Leningradi_Edasi_toimetus, lk 66
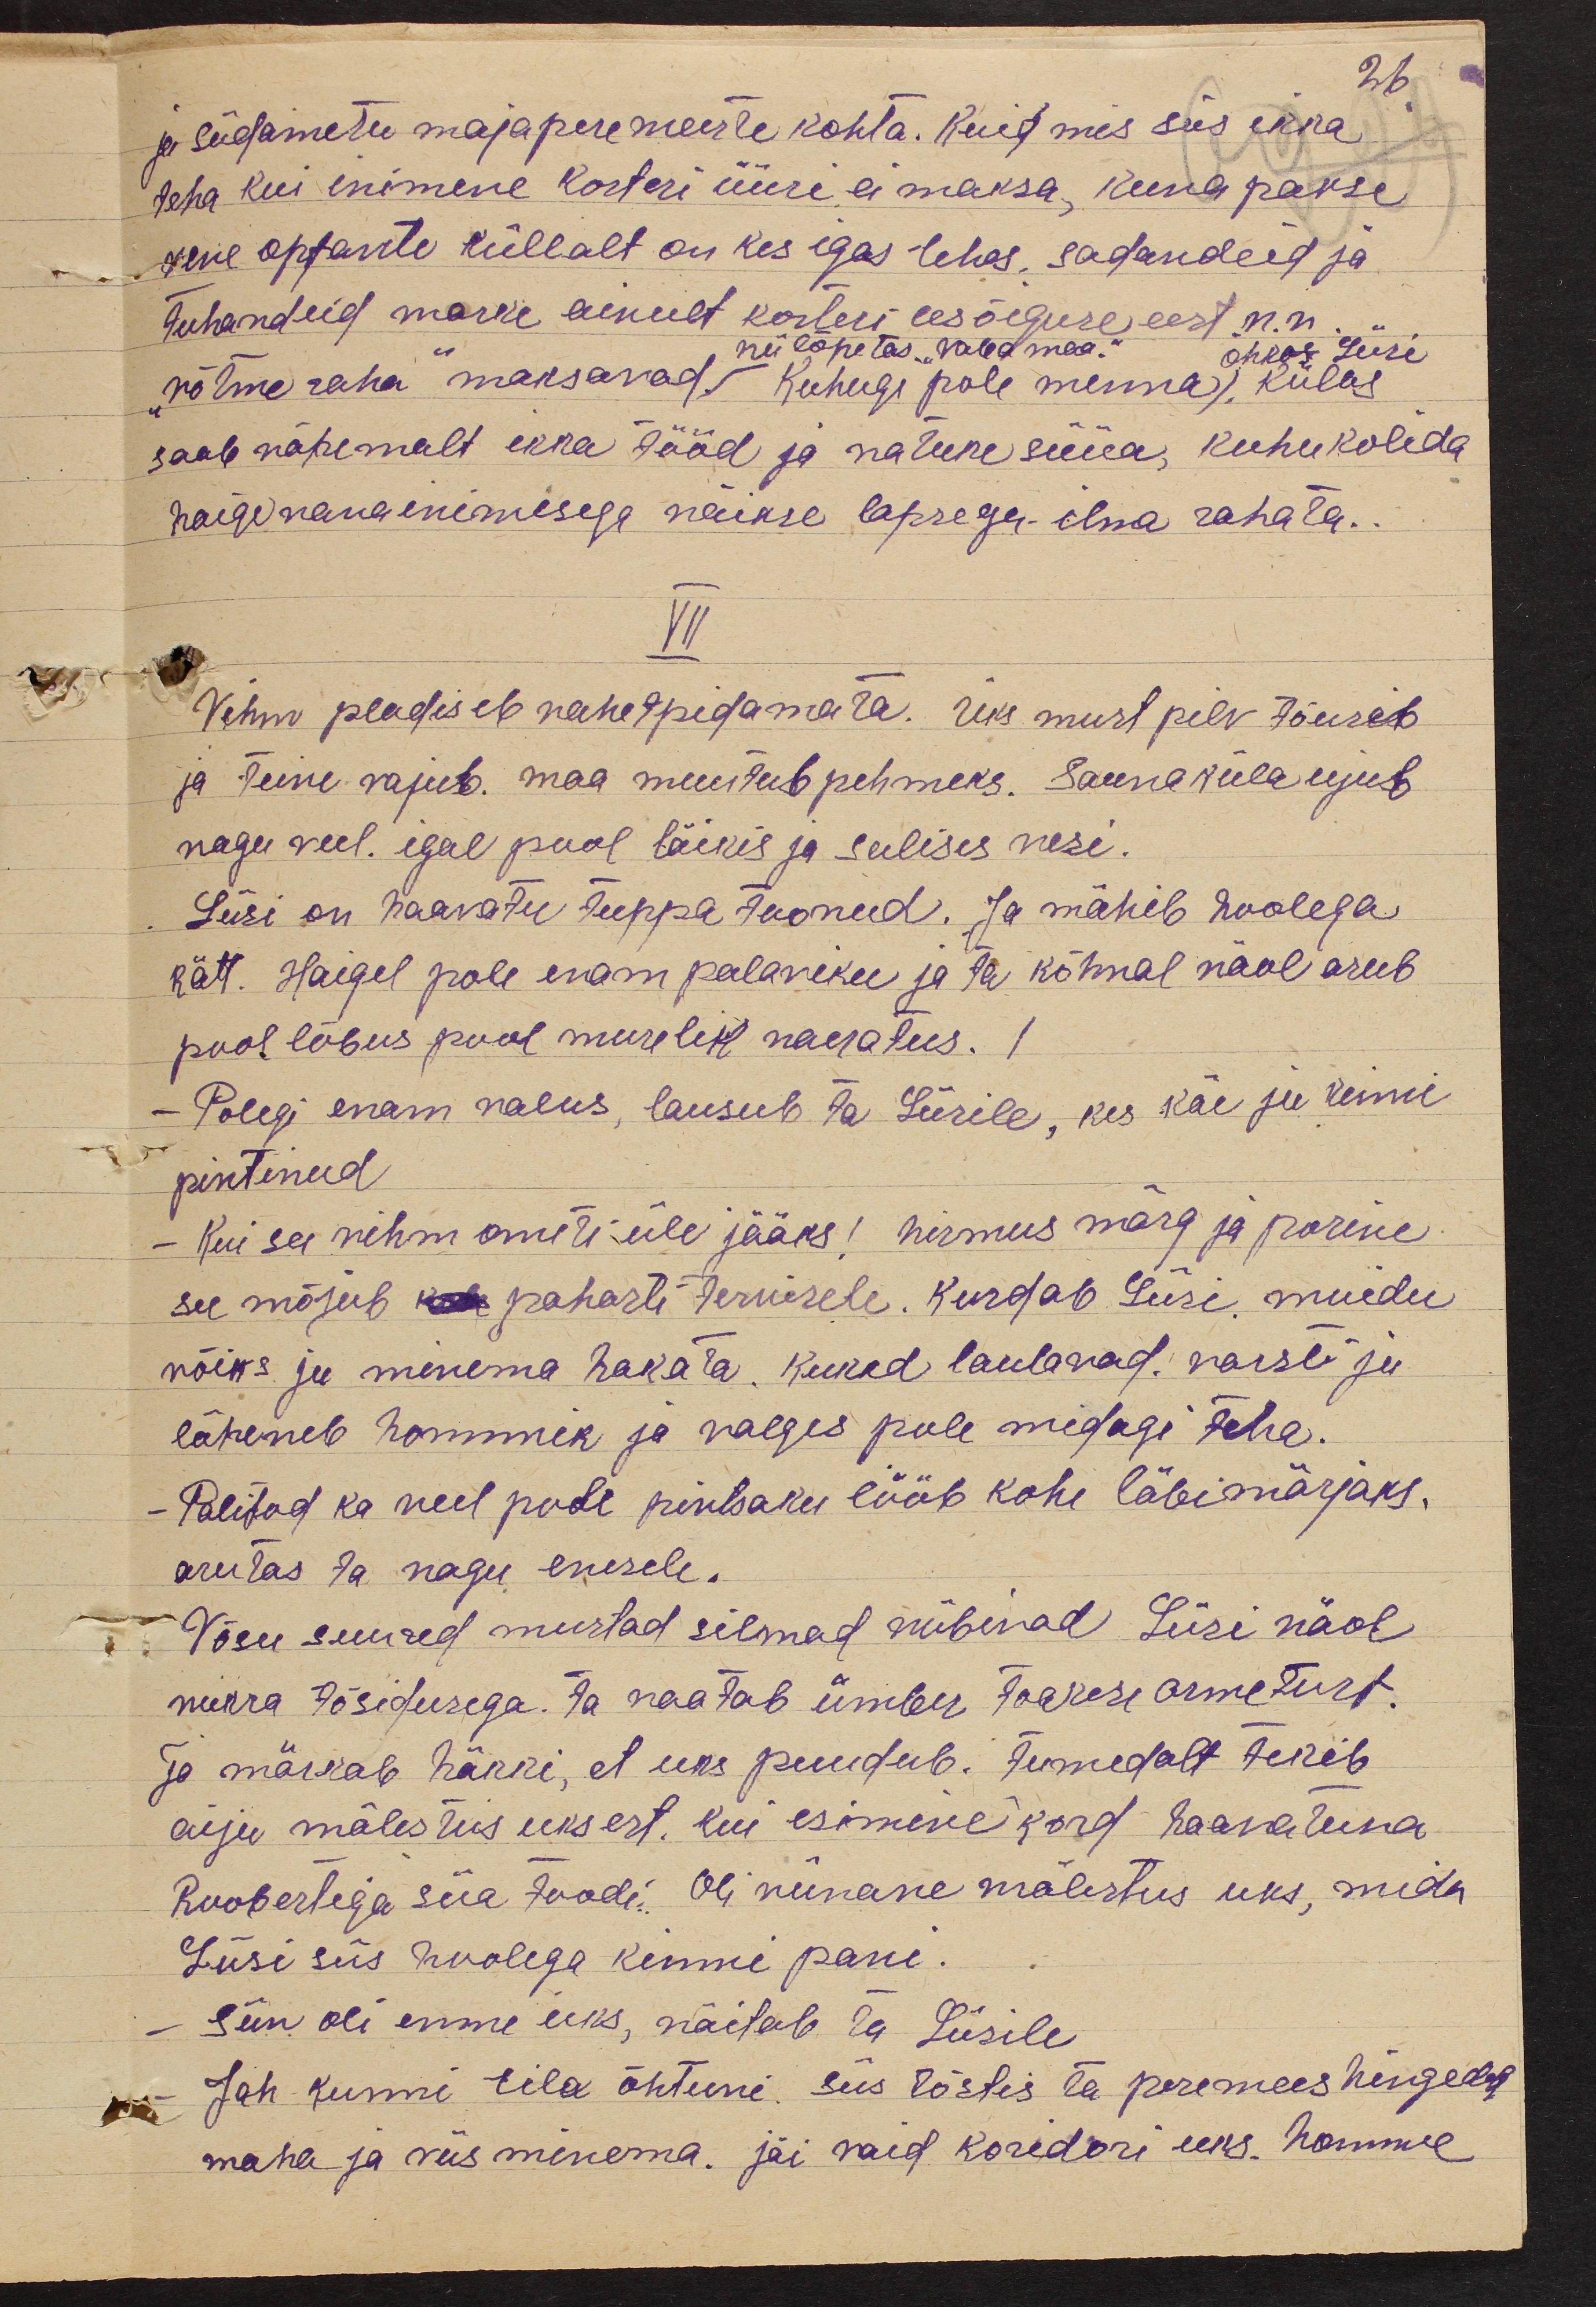
26
ja südametu majaperemeeste kohta. Kuid mis siis ikka
teha kui inimene korteri üüri ei maksa, kuna pakse
vene optante küllalt on kes igas lehes, sadandeid ja
tuhandeid marke ainult korteri eesõiguse eest n.n.
nii lõpetas "Vaba maa."
õhkas Liisi
"võtme raha" maksavad. Kuhugi pole menna, külas
saab vähemalt ikka tööd ja natuke süüa, kuhu kolida
haige vana inimesega väikse lapsega ilma rahata.
VII
Vihm pladiseb vahetpidamata. Üks must pilv tõuseb
ja teine vajub. maa muutub pehmeks. Saunaküla ujub
nagu veel. igal pool läikis ja sulises vesi.
Liisi on haavatu tuppa toonud. Ja mähib hoolega
kätt. Haigel pole enam palaviku ja ta kõhnal näol asub
pool lõbus pool murelik naeratus.
- Polegi enam valus, lausub ta Liisile, kes käe ju kinni
pintinud
Kui see vihm ometi üle jääks! hirmus märg ja porine
see mõjub kui pahasti tervisele. Kurdab Liisi. muidu
võiks ju minema hakata. kuked laulavad. varsti ju
läheneb hommik ja valges pole midagi teha.
- Palitud ka veel pole pintsaku lööb kohe läbimärjaks.
arutas ta nagu enesele.
Võsu suured mustad silmad viibivad Liisi näol
nukra tõsidusega. Ja vaatab ümber toakese armetust.
ja märkab häkki, et uks puudub. Tumedalt tekib
aiju mälestus uksest, kui esimene kord haavatuna
Roobertiga siia toodi. Oli vimane mälestus uks, mida
Liisi siis hoolega kinni pani.
Siin oli enne uks, näitab ta Liisile
Jah kunni eil. õhtuni, siis tõstis ta peremees hingedelt
maha ja viis minema. jäi vaid koridori uks. homme